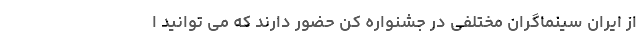
از ایران سینماگران مختلفی در جشنواره کن حضور دارند که می توانید ا